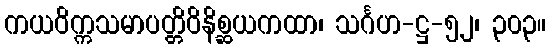
ကယဝိက္ကသမာပတ္တိဝိနိစ္ဆယကထာ၊ သင်္ဂဟ-ဋ္ဌ-၅၂၊ ၃၀၃။